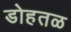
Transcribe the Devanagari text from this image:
डोहतळ